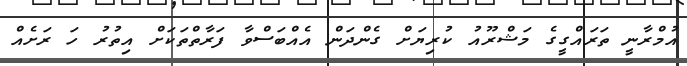
އުމްރާނީ ތަރައްގީގެ މަޝްރޫއު ކުރިޔަށް ގެންދަން އެއްބަސްވާ ފަރާތްތަކަށް އިތުރު ހަ ރަށެއް